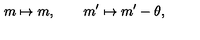
m \mapsto m , \qquad m ^ { \prime } \mapsto m ^ { \prime } - \theta ,